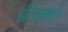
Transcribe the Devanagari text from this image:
हरितगृहाचे